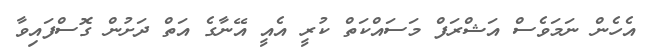
އެހެން ނަމަވެސް އަޝްރަފް މަސައްކަތް ކުރީ އެއީ އޭނާގެ އަތް ދަށުން ގޮސްފައިވާ